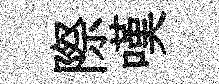
際嘆